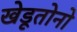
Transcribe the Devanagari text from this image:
खेडूतोनो